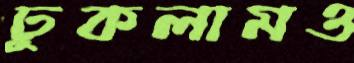
ঢুকলামও